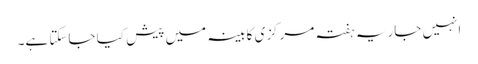
انہیں جاریہ ہفتہ مرکزی کابینہ میں پیش کیا جاسکتا ہے۔